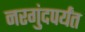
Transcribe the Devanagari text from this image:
नरगुंदपर्यंत